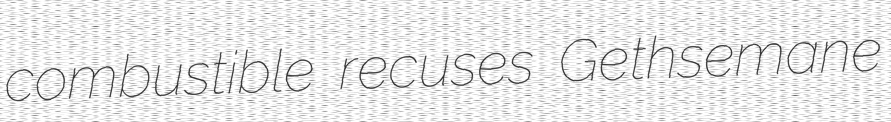
combustible recuses Gethsemane